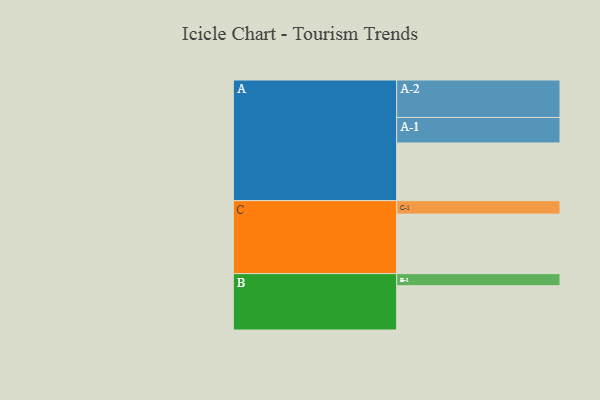
{"axis": {"x": "Segment", "y": "Value"}, "legend": ["", "A", "B", "C"], "data": [{"x": "A", "y": 434, "type": ""}, {"x": "B", "y": 333, "type": ""}, {"x": "C", "y": 448, "type": ""}, {"x": "A-1", "y": 192, "type": "A"}, {"x": "A-2", "y": 282, "type": "A"}, {"x": "B-1", "y": 91, "type": "B"}, {"x": "C-1", "y": 101, "type": "C"}]}